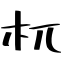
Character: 杌